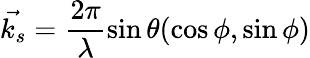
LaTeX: \vec{k_{s}}=\frac{2\pi}{\lambda}\sin{\theta}(\cos{\phi},\sin{\phi})